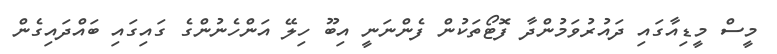
މީސް މީޑިއާގައި ދައުރުވަމުންދާ ފޮޓޯތަކުން ފެންނަނީ އިބޫ ހިލޭ އަންހެނުންގެ ގައިގައި ބައްދައިގެން